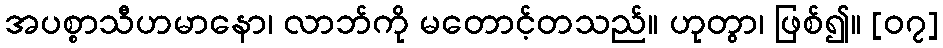
အပစ္စာသီဟမာနော၊ လာဘ်ကို မတောင့်တသည်။ ဟုတွာ၊ ဖြစ်၍။ [၀၇]